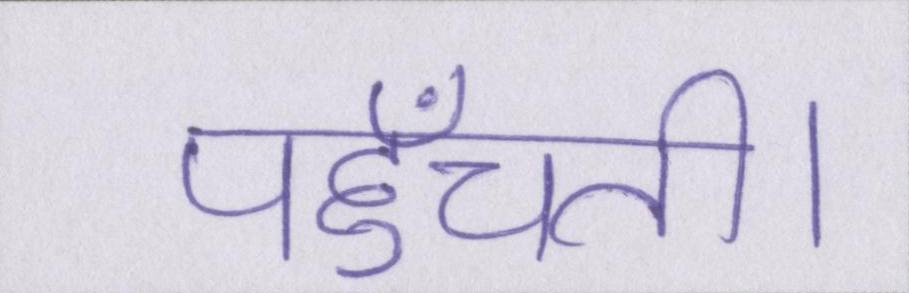
पहुँचती।